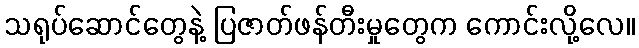
သရုပ်ဆောင်တွေနဲ့ ပြဇာတ်ဖန်တီးမှုတွေက ကောင်းလို့လေ။